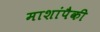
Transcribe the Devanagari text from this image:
माशांपैकी